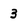
Character: 3